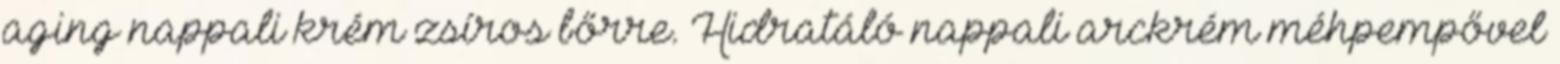
aging nappali krém zsíros bőrre. Hidratáló nappali arckrém méhpempővel